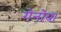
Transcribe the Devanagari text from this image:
गेनोया